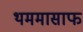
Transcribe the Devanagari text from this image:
थममासाफ